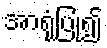
အာရုံပြု၍